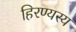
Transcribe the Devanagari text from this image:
हिरण्यस्य